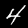
Label: 4